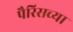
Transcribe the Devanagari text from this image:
पैरिसच्या